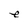
Character: e